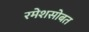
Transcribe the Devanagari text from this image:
रमेशसोबत